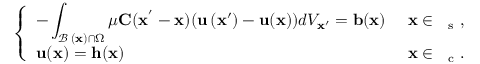
\left\{ \begin{array} { l l } { - \displaystyle \int _ { \mathbf { \mathcal { B } _ { \delta } ( \mathbf { x } ) } \cap \Omega } \mu \mathbf { C } ( \mathbf { \mathbf { x ^ { ' } } } - \mathbf { x } ) ( \mathbf { u } \left( \mathbf { x } ^ { \prime } \right) - \mathbf { u } ( \mathbf { x } ) ) d V _ { \mathbf { \mathbf { x } ^ { \prime } } } = \mathbf { b } ( \mathbf { x } ) } & { \mathrm { ~ \mathbf { x } \in ~ \Omega _ s ~ } , } \\ { \mathbf { u } ( \mathbf { x } ) = \mathbf { h } ( \mathbf { x } ) } & { \mathrm { ~ \mathbf { x } \in ~ \Omega _ c ~ } . } \end{array} \right.